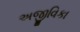
અજીવિકા